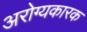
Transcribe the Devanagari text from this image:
अरोग्यकारक